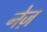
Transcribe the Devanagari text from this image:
नेज़